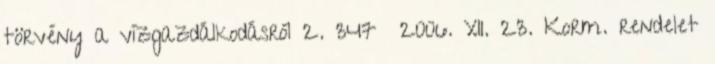
törvény a vízgazdálkodásról 2. 347 2006. XII. 23. Korm. rendelet